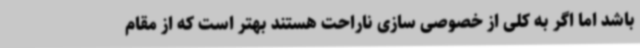
باشد اما اگر به کلی از خصوصی سازی ناراحت هستند بهتر است که از مقام